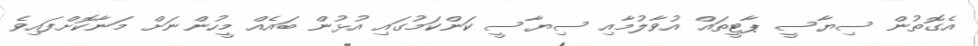
އެގޮތުން ސިޔާސީ ޕާޓީތައް އުވާލުމާއި ސިޔާސީ ކަންކަމުގައި އުޅުން ބައެއް މީހުންނަށް މަނާކޮށްފައިވެ